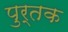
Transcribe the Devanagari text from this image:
पुर्तक